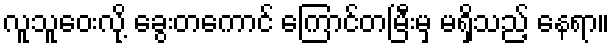
လူသူဝေးလို့ ခွေးတကောင် ကြောင်တမြီးမှ မရှိသည့် နေရာ။